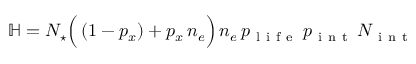
\mathbb H = N _ { \star } \Big ( \left( 1 - p _ { x } \right) + p _ { x } \, n _ { e } \Big ) \, n _ { e } \, p _ { \mathrm { ~ l ~ i ~ f ~ e ~ } } \, p _ { \mathrm { ~ i ~ n ~ t ~ } } \, N _ { \mathrm { ~ i ~ n ~ t ~ } }